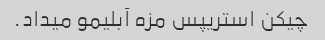
چیکن استریپس مزه آبلیمو میداد.